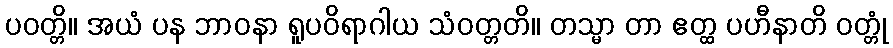
ပဝတ္တိ။ အယံ ပန ဘာဝနာ ရူပဝိရာဂါယ သံဝတ္တတိ။ တသ္မာ တာ ဧတ္ထ ပဟီနာတိ ဝတ္တုံ